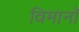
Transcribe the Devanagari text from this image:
विमानॉ